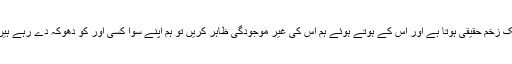
ایک زخم حقیقی ہوتا ہے اور اس کے ہوتے ہوئے ہم اس کی غیر موجودگی ظاہر کریں تو ہم اپنے سوا کسی اور کو دھوکہ دے رہے ہیں ۔